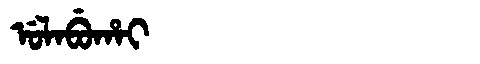
Manchu: ᡠᠯᠠᠪᡠᡥᠠᡳ
Romanization: ULABUHAI